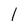
Character: l